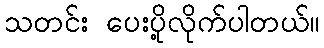
သတင်း ပေးပို့လိုက်ပါတယ်။